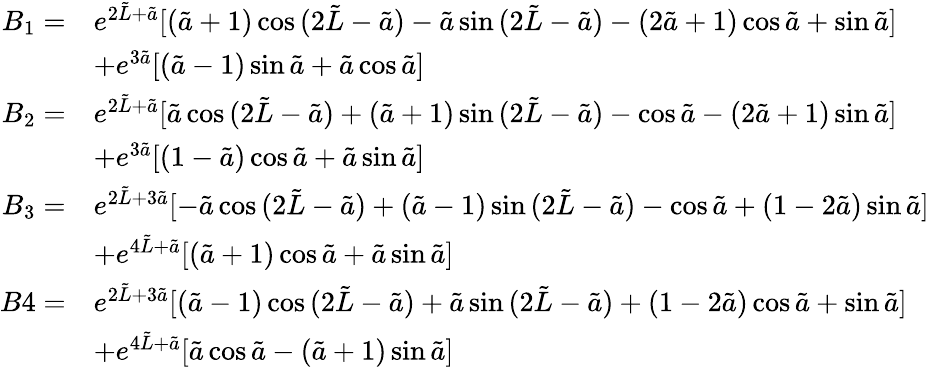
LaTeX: \begin{array}{rl}{B_{1}=}&{e^{2\tilde{L}+\tilde{a}}[(\tilde{a}+1)\cos{(2\tilde{L}-\tilde{a})}-\tilde{a}\sin{(2\tilde{L}-\tilde{a})}-(2\tilde{a}+1)\cos{\tilde{a}}+\sin{\tilde{a}}]}\\ &{+e^{3\tilde{a}}[(\tilde{a}-1)\sin{\tilde{a}}+\tilde{a}\cos{\tilde{a}}]}\\ {B_{2}=}&{e^{2\tilde{L}+\tilde{a}}[\tilde{a}\cos{(2\tilde{L}-\tilde{a})}+(\tilde{a}+1)\sin{(2\tilde{L}-\tilde{a})}-\cos{\tilde{a}}-(2\tilde{a}+1)\sin{\tilde{a}}]}\\ &{+e^{3\tilde{a}}[(1-\tilde{a})\cos{\tilde{a}}+\tilde{a}\sin{\tilde{a}}]}\\ {B_{3}=}&{e^{2\tilde{L}+3\tilde{a}}[-\tilde{a}\cos{(2\tilde{L}-\tilde{a})}+(\tilde{a}-1)\sin{(2\tilde{L}-\tilde{a})}-\cos{\tilde{a}}+(1-2\tilde{a})\sin{\tilde{a}}]}\\ &{+e^{4\tilde{L}+\tilde{a}}[(\tilde{a}+1)\cos{\tilde{a}}+\tilde{a}\sin{\tilde{a}}]}\\ {B4=}&{e^{2\tilde{L}+3\tilde{a}}[(\tilde{a}-1)\cos{(2\tilde{L}-\tilde{a})}+\tilde{a}\sin{(2\tilde{L}-\tilde{a})}+(1-2\tilde{a})\cos{\tilde{a}}+\sin{\tilde{a}}]}\\ &{+e^{4\tilde{L}+\tilde{a}}[\tilde{a}\cos{\tilde{a}}-(\tilde{a}+1)\sin{\tilde{a}}]}\end{array}